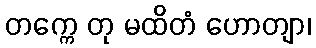
တက္ကေ တု မထိတံ ဟောတျာ၊